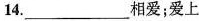
14.___相爱；爱上